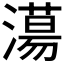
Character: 𣿴